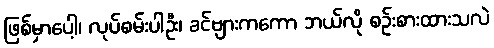
ဖြစ်မှာပေါ့၊ လုပ်စမ်းပါဦး၊ ခင်ဗျားကကော ဘယ်လို စဉ်းစားထားသလဲ